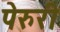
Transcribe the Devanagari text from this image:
पेरुरी